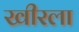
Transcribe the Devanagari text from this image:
खीरला